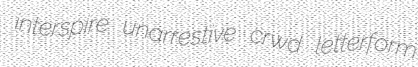
interspire unarrestive crwd letterform